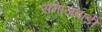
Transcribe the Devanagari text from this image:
समाजवाडी